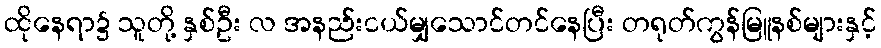
ထိုနေရာ၌ သူတို့ နှစ်ဦး လ အနည်းငယ်မျှသောင်တင်နေပြီး တရုတ်ကွန်မြူနစ်များနှင့်